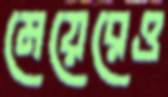
মেয়েরেও